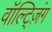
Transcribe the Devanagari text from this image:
वॉल्ट्ज़िंग